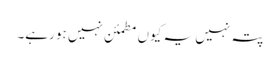
پتہ نہیں یہ کیوں مطمئن نہیں ہو رہے۔